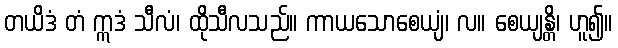
တယိဒံ တံ ဣဒံ သီလံ၊ ထိုသီလသည်။ ကာယသောစေယျံ၊ လ။ စေယျန္တိ၊ ဟူ၍။